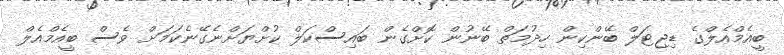
ބީއެމްއެލްގެ ޑިޖިޓަލް ބޭންކިން ހިދުމަތް ބޭނުން ކޮށްގެން ބައިސްކަލް ކުށްޔަށްނެގޭނެކަމަށް ވެސް ބީއެމްއެލް